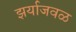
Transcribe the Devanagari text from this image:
झर्याजवळ